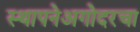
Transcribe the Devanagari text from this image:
स्थापनेअगोदरचा